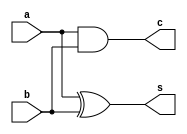
module halfAdder(a,b,s,c);
input a,b;
output s,c;
assign s=a^b;
assign c=a&b;
endmodule

module fullAdder(a,b,c,s,cout);
input a,b,c;
output s,cout;
assign s=a^b^c;
assign cout=a&b | b&c | a&c;

endmodule



module carrySaveOne(a,b,c,u,v);
input [15:0] a,b,c;
integer start;
output [17:0] u;
output [15:0]v;


generate
   genvar i;
   assign u[0]=a[0];
   halfAdder ha1(a[1],b[0],u[1],v[0]);
   
   for(i=2;i<16;i=i+1)
     begin
       fullAdder fa(a[i],b[i-1],c[i-2],u[i],v[i-1]); 
     end

halfAdder ha2(b[15],c[14],u[16],v[15]);
assign u[17]=c[15];
endgenerate

endmodule


module carrySaveTwoOne(a,b,c,u,v);
input [17:0] a,c;
input [15:0] b;
output [20:0] u;
output [17:0] v;

assign u[0]=a[0];
assign u[1]=a[1];
halfAdder ha1(a[2],b[0],u[2],v[0]);

generate
   genvar i;
    
   for(i=3;i<18;i=i+1)
     begin
       fullAdder fa(a[i],b[i-2],c[i-3],u[i],v[i-2]); 
     end

assign u[18]=c[15];
assign u[19]=c[16];
assign u[20]=c[17];
assign v[16]=0;
assign v[17]=0;            
endgenerate

endmodule



module carrySaveTwoTwo(a,b,c,u,v);
input [17:0] b;
input [15:0] a,c;
output [18:0] u;
output [17:0] v;

assign u[0]=a[0];

halfAdder ha1(a[1],b[0],u[1],v[0]);
halfAdder ha2(a[2],b[1],u[2],v[1]);
generate
   genvar i;
    
   for(i=3;i<16;i=i+1)
     begin
       fullAdder fa(a[i],b[i-1],c[i-3],u[i],v[i-1]); 
     end

halfAdder ha3(b[15],c[13],u[16],v[15]);
halfAdder ha4(b[16],c[14],u[17],v[16]);
halfAdder ha5(b[17],c[15],u[18],v[17]);
        
endgenerate



endmodule


module carrySaveThreeOne(a,b,c,u,v);
input [20:0] a;
input [17:0] b;
input [18:0] c;

output [23:0] u;
output [19:0] v;

assign u[0]=a[0];
assign u[1]=a[1];
assign u[2]=a[2];

halfAdder ha1(a[3],b[0],u[3],v[0]);
halfAdder ha2(a[4],b[1],u[4],v[1]);


generate
   genvar i;
    
   for(i=5;i<21;i=i+1)
     begin
       fullAdder fa(a[i],b[i-3],c[i-5],u[i],v[i-3]); 
     end

assign u[21]=c[16];
assign u[22]=c[17];
assign u[23]=c[18];
assign v[18]=0;
assign v[19]=0;
        
endgenerate



endmodule

module carrySaveThreeTwo(a,b,c,u,v);
input [17:0] a,c;
input [20:0] b;

output [22:0] u;
output [20:0] v;

assign u[0]=a[0];
assign u[1]=a[1];

halfAdder ha1(a[2],b[0],u[2],v[0]);
halfAdder ha2(a[3],b[1],u[3],v[1]);
halfAdder ha3(a[4],b[2],u[4],v[2]);

generate
   genvar i;
    
   for(i=5;i<18;i=i+1)
     begin
       fullAdder fa(a[i],b[i-2],c[i-5],u[i],v[i-2]); 
     end

   for(i=16;i<21;i=i+1)
     begin
       halfAdder ha(b[i],c[i-3],u[i+2],v[i]); 
     end
 
        
endgenerate



endmodule


module carrySaveFourOne(a,b,c,u,v);
input [23:0] a;
input [19:0] b;
input [22:0] c;

output [29:0] u;
output [25:0] v;

generate
   genvar i;
   for(i=0;i<4;i=i+1)
     begin
       assign u[i]=a[i]; 
     end
   
   for(i=4;i<7;i=i+1)
     begin
       halfAdder ha1(a[i],b[i-4],u[i],v[i-4]);
     end
    
   for(i=7;i<24;i=i+1)
     begin
       fullAdder fa(a[i],b[i-4],c[i-7],u[i],v[i-4]); 
     end

   for(i=24;i<30;i=i+1)
     begin
       assign u[i]=c[i-7];
       assign v[i-4]=0;    
     end
 
        
endgenerate



endmodule


module carrySaveFourTwo(a,b,c,u,v);
input [20:0] a;
input [15:0] b,c;

output [20:0] u;
output [16:0] v;

generate
   genvar i;
   for(i=0;i<4;i=i+1)
     begin
       assign u[i]=a[i]; 
     end
   
   halfAdder ha1(a[4],b[0],u[4],v[0]);

    
   for(i=5;i<20;i=i+1)
     begin
       fullAdder fa(a[i],b[i-4],c[i-5],u[i],v[i-4]); 
     end

   halfAdder ha2(a[20],c[15],u[20],v[16]);
        
endgenerate



endmodule


module carrySaveFive(a,b,c,u,v);
input [29:0] a;
input [25:0] b;
input [20:0] c;

output [30:0] u;
output [25:0] v;

generate
   genvar i;
   for(i=0;i<5;i=i+1)
     begin
       assign u[i]=a[i]; 
     end
   
   for(i=5;i<10;i=i+1)
     begin
       halfAdder ha1(a[i],b[i-5],u[i],v[i-5]);
     end
    
   for(i=10;i<30;i=i+1)
     begin
       fullAdder fa(a[i],b[i-5],c[i-10],u[i],v[i-5]); 
     end

   halfAdder ha2(b[25],c[20],u[30],v[25]);
        
endgenerate



endmodule


module carrySaveSix(a,b,c,u,v);
input [30:0] a;
input [25:0] b;
input [16:0] c;

output [31:0] u;
output [25:0] v;

generate
   genvar i;
   for(i=0;i<6;i=i+1)
     begin
       assign u[i]=a[i]; 
     end
   
   for(i=6;i<15;i=i+1)
     begin
       halfAdder ha1(a[i],b[i-6],u[i],v[i-6]);
     end
    
   for(i=15;i<31;i=i+1)
     begin
       fullAdder fa(a[i],b[i-6],c[i-15],u[i],v[i-6]); 
     end

   halfAdder ha2(b[25],c[16],u[31],v[25]);
        
endgenerate



endmodule



/*
module carrySave(a,b,c,u,v);
input [31:0]a,b,c;
output [31:0]u,v;

generate
   genvar i;
   assign v[0]=0;
   for(i=0;i<31;i=i+1)
     begin
       fullAdder fa(a[i],b[i],c[i],u[i],v[i+1]); 
     end
   assign u[i]=c[i];
endgenerate

endmodule

*/